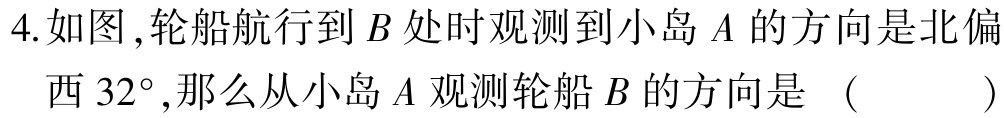
4.如图，轮船航行到\(B\)处时观测到小岛\(A\)的方向是北偏西\(32^{\circ}\)，那么从小岛\(A\)观测轮船\(B\)的方向是 （  ）